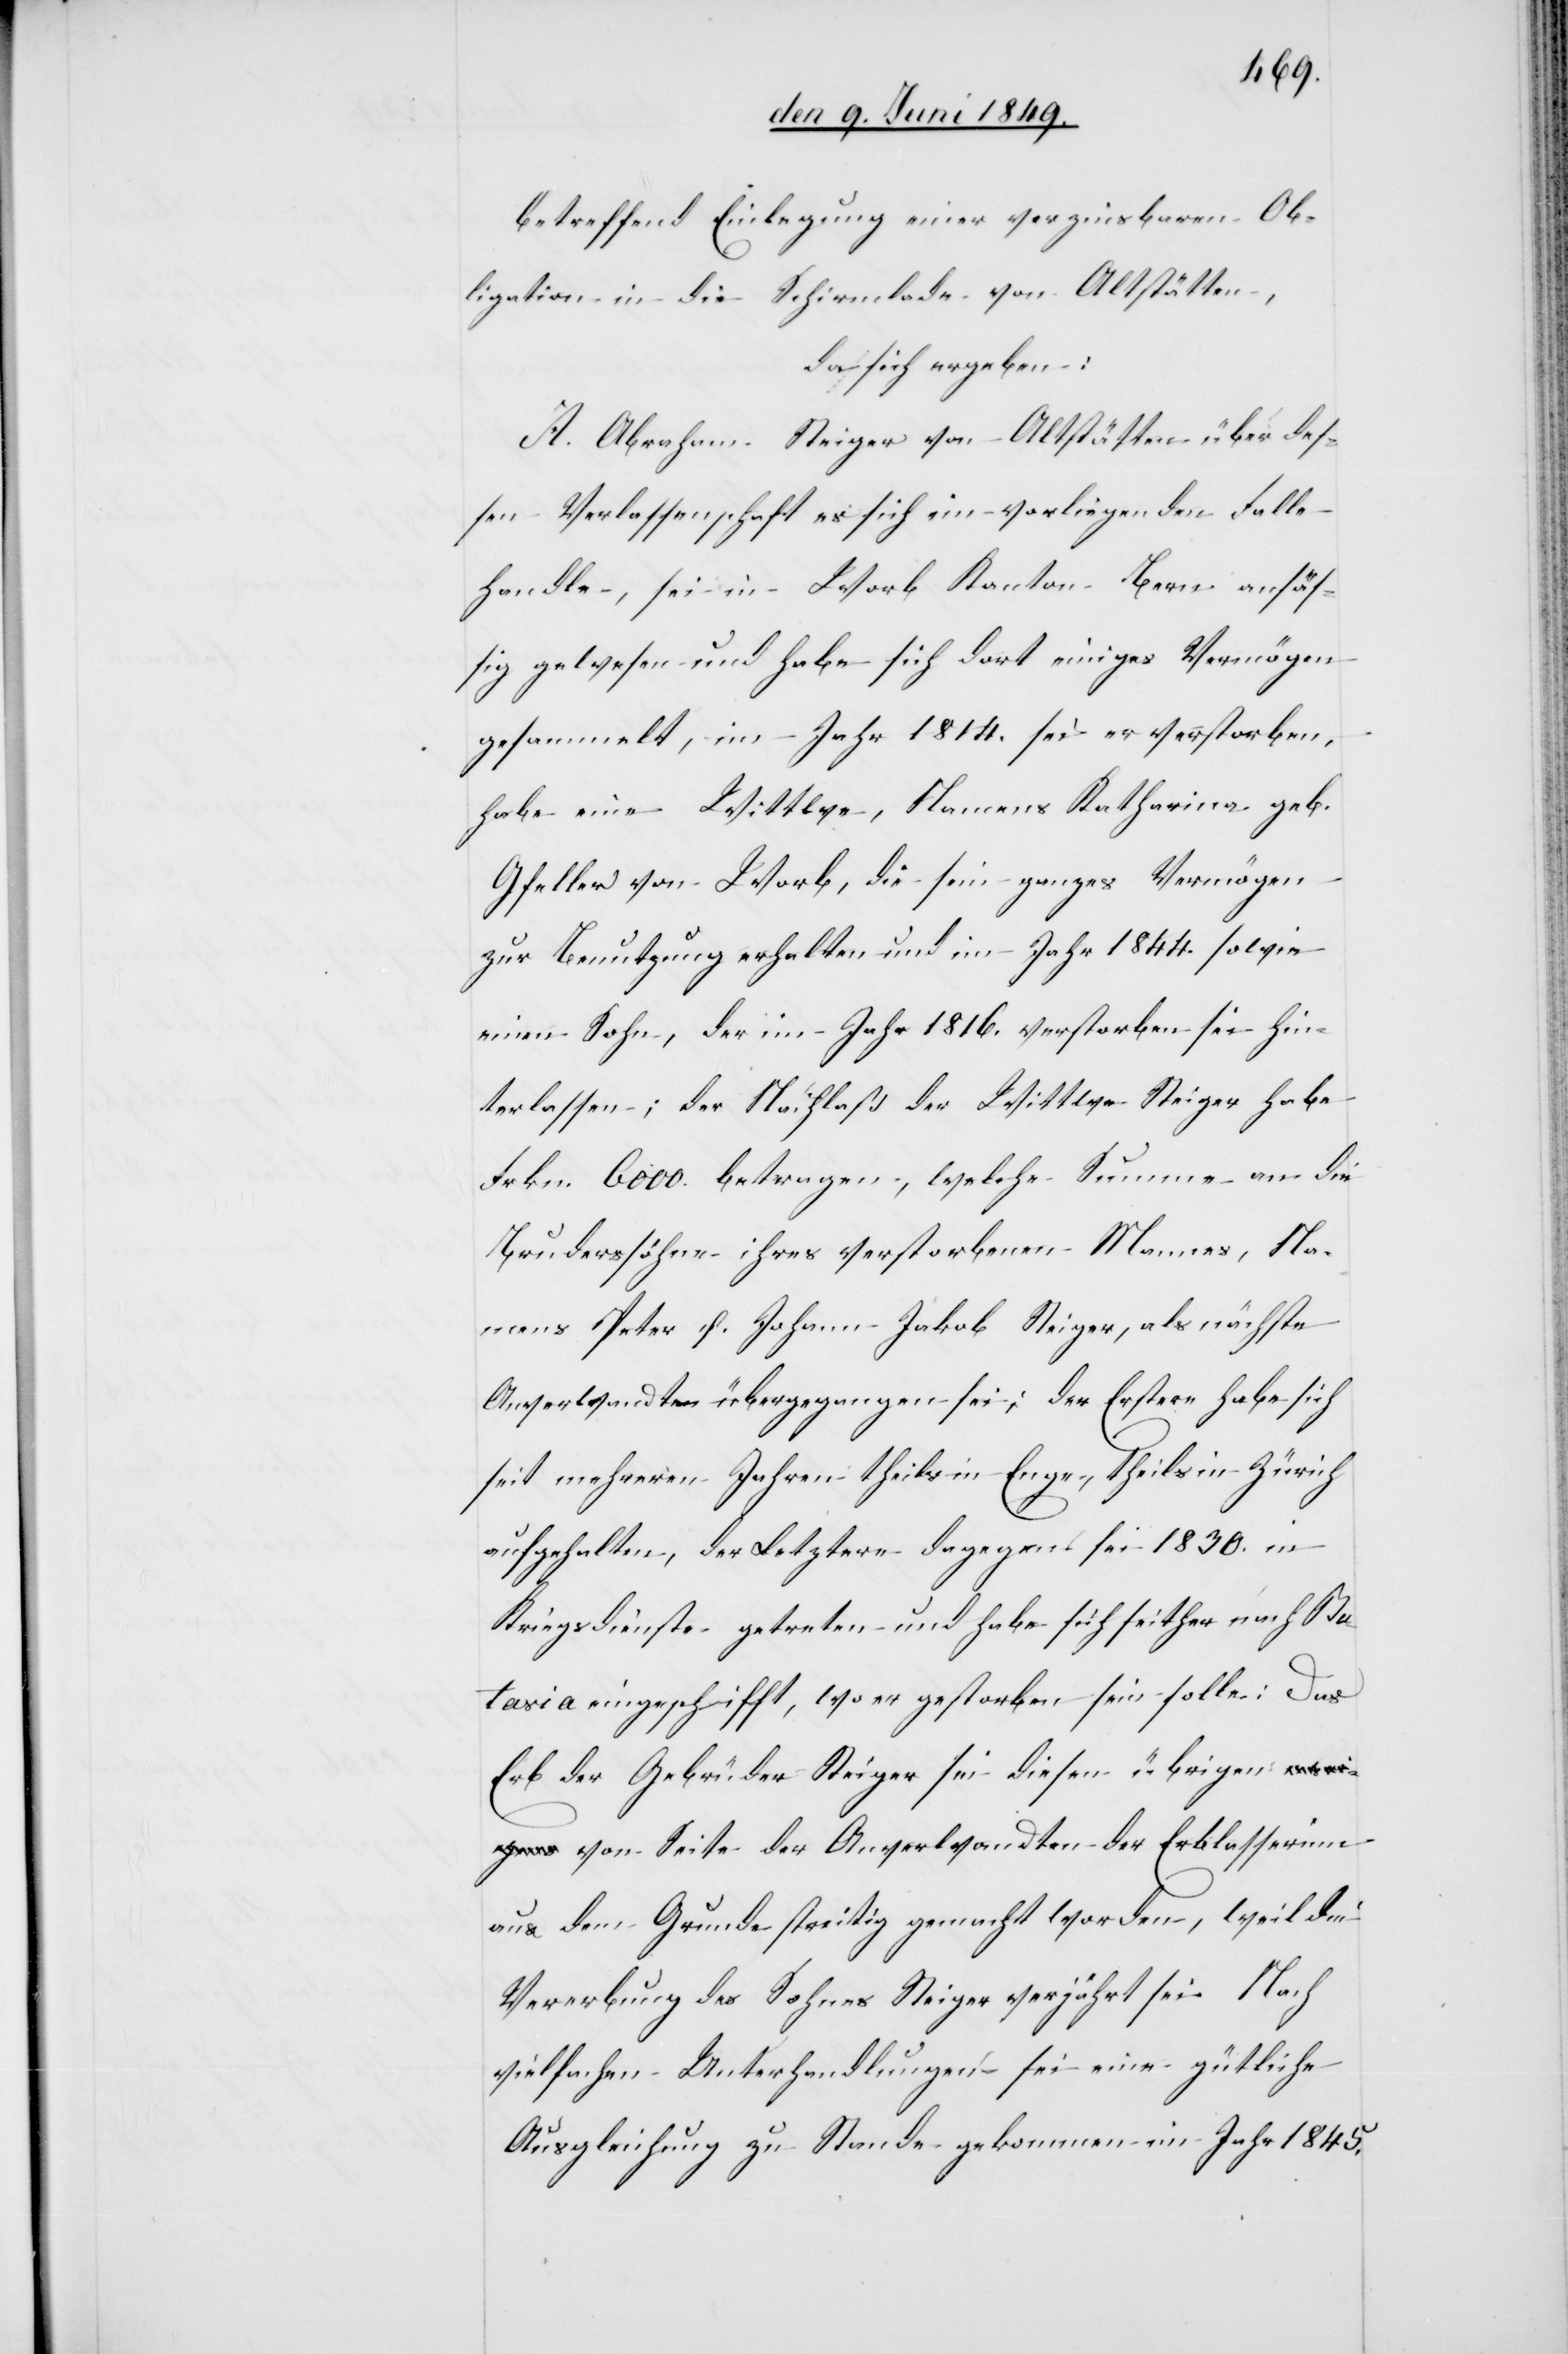
betreffend Einlegung einer verzinsbaren Ob¬
ligation in die Schirmlade von Altstätten,
da sich ergeben:
A. Abraham Steiger von Altstätten über des¬
sen Verlassenschaft es sich im vorliegenden Falle
handle, sei in Worb Kanton Bern ansäs¬
sig gewesen und habe sich dort einiges Vermögen
gesammelt, im Jahr 1814. sei er verstorben,
habe eine Wittwe, Namens Katharina geb.
Gfeller von Worb, die sein ganzes Vermögen
zur Benutzung erhalten und im Jahr 1844. sowie
einen Sohn, der im Jahr 1816. verstorben sie hin¬
terlassen; der Nachlaß der Wittwe Steiger habe
Frkn. 6 000. betragen, welche Summe an die
Bruderssöhne ihres verstorbenen Mannes, Na¬
mens Peter u. Johann Jakob Steiger, als nächste
Anverwandten übergegangen sei; der Erstere habe sich
seit mehreren Jahren theils in Enge, theils in Zürich
aufgehalten, der Letztere dagegen sei 1830. in
Kriegsdienste getreten und habe sich seither nach Ba¬
tavia eingeschifft, wo er gestorben sein solle: Das
Erb der Gebrüder Steiger sei diesen übrige¬
n von Seite der Anverwandten der Erblasserinn
aus dem Grunde streitig gemacht worden, weil die
Vererbung des Sohnes Steiger verjährt sei. Nach
vielfachen Unterhandlungen sei eine gütliche
Ausgleichung zu Stande gekommen im Jahr 1845.